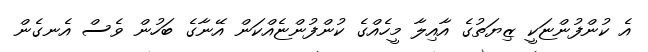
އެ ކުންފުންޏަކީ ޒިޔަތުގެ އާއިލާ މީހެއްގެ ކުންފުންޏެއްކަން އޭނާގެ ބަހުން ވެސް އެނގެން